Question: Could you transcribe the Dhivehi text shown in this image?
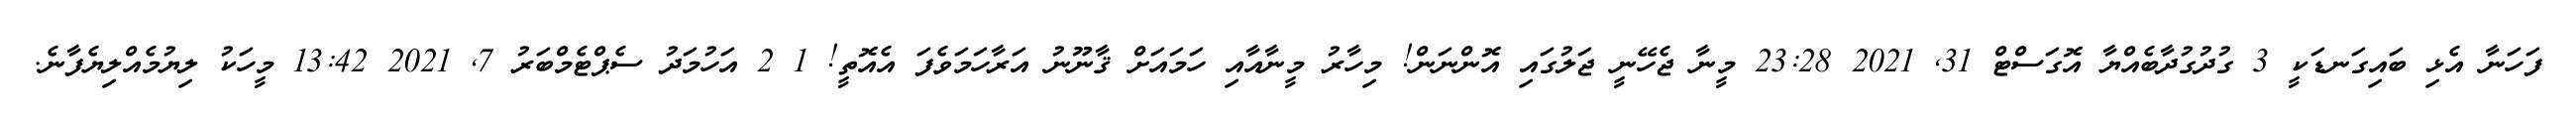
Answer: ފަހަނާ އެޅި ބައިގަނޑަކީ 3 ގުދުގުދާބެއްޔާ އޮގަސްޓް 31, 2021 23:28 މީނާ ޖެހޭނީ ޖަލުގައި އޮންނަން! މިހާރު މީނާއާއި ހަމައަށް ޤާނޫނު އަރާހަމަވެފަ އެއޮތީ! 1 2 އަހުމަދު ސެޕްޓެމްބަރު 7, 2021 13:42 މީހަކު ލިޔުމެއްލިޔެފާނެ.